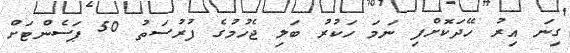
ގިނަ އިރު ހޭދަކޮށްފި ނަމަ ހަކުރު ބަލި ޖެހުމުގެ ފުރުސަތު 50 ޕަސެންޓަށް